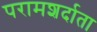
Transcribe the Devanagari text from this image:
परामशर्दाता